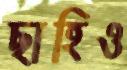
ছাহিও